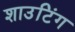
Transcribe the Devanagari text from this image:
शाउटिंग